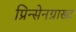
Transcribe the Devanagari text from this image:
प्रिन्सेनग्राख्ट